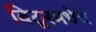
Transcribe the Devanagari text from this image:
बिठूरमधेच